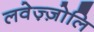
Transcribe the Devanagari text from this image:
लवेज़्ज़ोलि